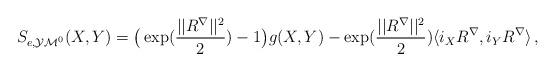
LaTeX: \begin{align*}\begin{aligned}S_{e,\mathcal{YM}^0 }(X,Y)&=\big (\exp (\frac{||R^{\nabla}||^2}2) -1 \big ) g(X,Y)-\exp (\frac{||R^{\nabla}||^2}2)\langle i_XR^{\nabla} ,i_YR^{\nabla} \rangle \, , \\\end{aligned}\end{align*}